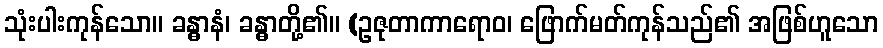
သုံးပါးကုန်သော။ ခန္ဓာနံ၊ ခန္ဓာတို့၏။ (ဥဇုတာကာရောဝ၊ ဖြောက်မတ်ကုန်သည်၏ အဖြစ်ဟူသော